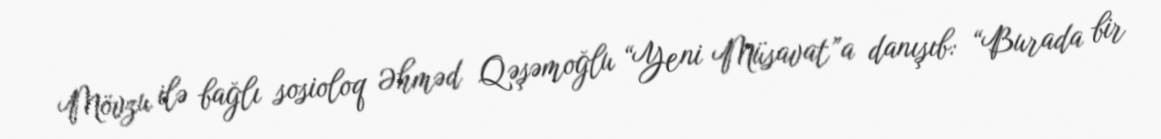
Mövzu ilə bağlı sosioloq Əhməd Qəşəmoğlu “Yeni Müsavat”a danışıb: “Burada bir